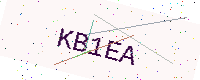
Text: KB1EA